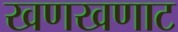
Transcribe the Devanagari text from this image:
खणखणाट